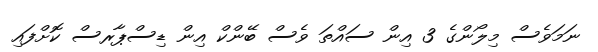
ނަަމަވެސް މިލޯންގެ 3 އިން ސައްތަ ވެސް ބޭންކް އިން ޑިސްޕާރސް ކޮށްފައި